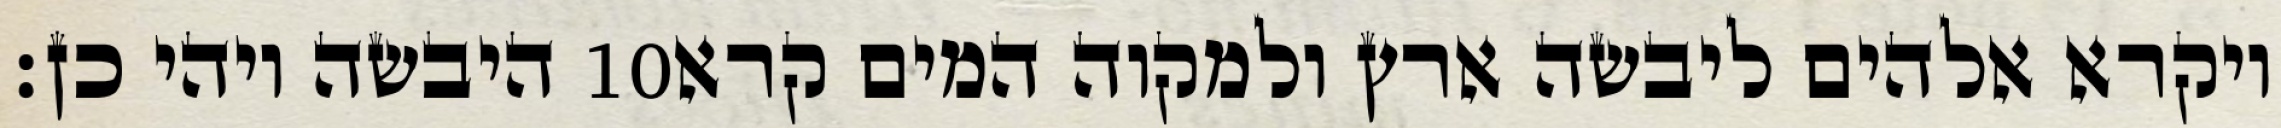
היבשה ויהי כן׃ ‎10‏ ויקרא אלהים ליבשה ארץ ולמקוה המים קרא